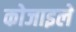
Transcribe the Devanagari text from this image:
कोजाइले